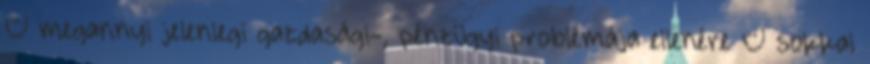
– megannyi jelenlegi gazdasági-, pénzügyi problémája ellenére – sokkal